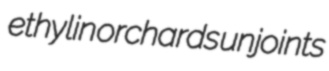
ethylin orchards unjoints